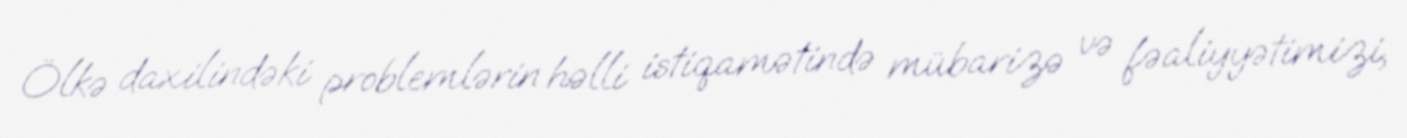
Ölkə daxilindəki problemlərin həlli istiqamətində mübarizə və fəaliyyətimizi,